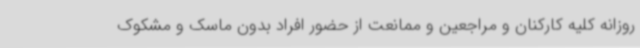
روزانه کلیه کارکنان و مراجعین و ممانعت از حضور افراد بدون ماسک و مشکوک